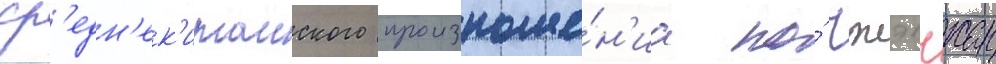
ср'едн'ек'итаиского произноше́н'иа по́ чжэнчжан